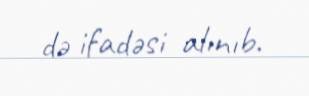
də ifadəsi alınıb.